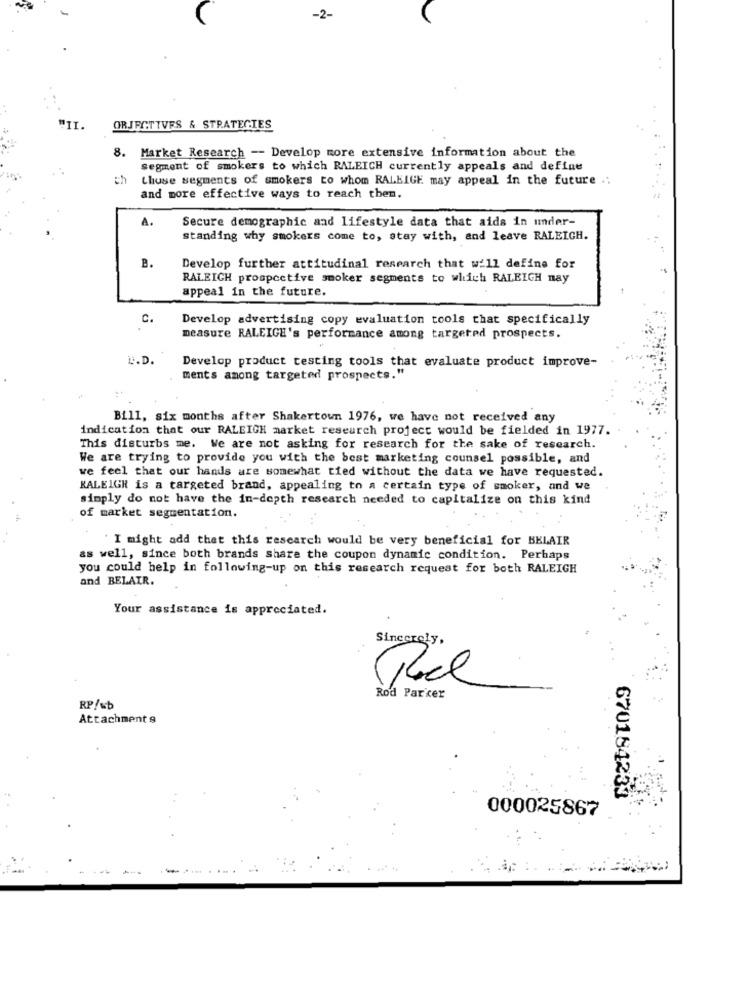
ORJFCTTVES & STRATEGIES
. Market Research -- Develop more extensive information about the
segment of smokers to which RALEICH currently appeals and define
Lhuse segments of smokers to whom RALEIGE may appeal in the future .:
and more effective ways to reach then.
A.
Secure demographic and lifestyle data that aids in under-
standing why smokers come to, stay with, and leave RALEIGH.
B.
Develop further attitudinal research that will define for
RALEIGH prospective smoker segments to which RALEIGH nay
appeal in the future.
c.
Develop advertising copy evaluation tools that specifically
measure RALEIGH's performance among targeted prospects.
L.D.
Develop product testing tools that evaluate product improve-
ments among targeted prospects."
Bill, six months after Shakertown 1976, we have not received any
indication that our RALEIGH market research project would be fielded in 1977.
This disturbs me. We are not asking for research for the sake of research.
We are trying to provide you with the best marketing counsel possible, and
we feel that our hands are somewhat tied without the data we have requested.
RALEIGH is a targeted brand, appealing to a certain type of smoker, and we
simply do not have the in-depth research needed to capitalize on this kind
of market segmentation.
I might add that this research would be very beneficial for BELAIR
as well, since both brands share the coupon dynamic condition. Perhaps
you could help in following-up on this research request for both RALEIGH
and BELAIR.
Your assistance is appreciated.
Sincerely,
Rod Parker
RP/wb
Attachment 9
670184233
000025867